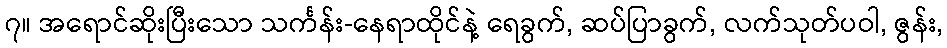
၇။ အရောင်ဆိုးပြီးသော သင်္ကန်း-နေရာထိုင်နဲ့ ရေခွက်, ဆပ်ပြာခွက်, လက်သုတ်ပဝါ, ဇွန်း,